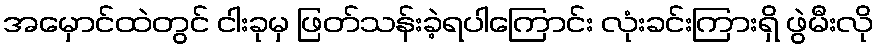
အမှောင်ထဲတွင် ငါးခုမှ ဖြတ်သန်းခဲ့ရပါကြောင်း လုံးခင်းကြားရှိ ဖွဲမီးလို